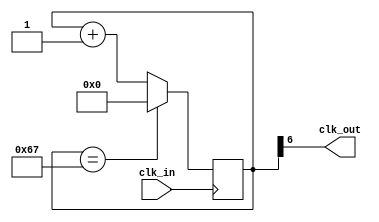
module divider(input wire clk_in, output wire clk_out);

//-- Parametro: Divisor
parameter M = 104;

//-- Numero de bits para almacenar el divisor
//-- Se calculan con la funcion de verilog $clog2, que nos devuelve el 
//-- numero de bits necesarios para representar el numero M
//-- Es un parametro local, que no se puede modificar al instanciar
localparam N = $clog2(M);

//-- Registro para implementar el contador modulo M
reg [N-1:0] divcounter = 0;

//-- Contador mdulo M
always @(posedge clk_in)
  divcounter <= (divcounter == M - 1) ? 0 : divcounter + 1;

//-- Sacar el bit mas significativo por clk_out
assign clk_out = divcounter[N-1];

endmodule